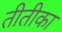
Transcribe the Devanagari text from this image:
तीतीका